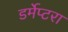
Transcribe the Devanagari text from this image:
डर्मेप्टरा